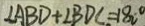
\angle A B D + \angle B D C = 1 8 0 ^ { \circ }